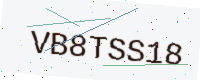
Text: VB8TSS18